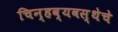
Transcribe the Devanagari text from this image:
चिन्हव्यवस्थेचे